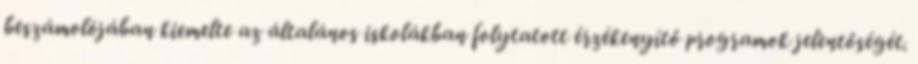
beszámolójában kiemelte az általános iskolákban folytatott érzékenyítő programok jelentőségét.